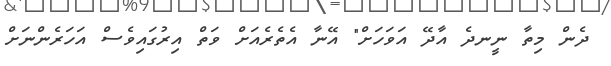
ދެން މިތާ ނީނދެ އާދޭ އަވަހަށް" އޭނާ އެތެރެއަށް ވަތް އިރުގައިވެސް އަހަރެންނަށް